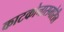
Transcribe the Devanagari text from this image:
काटकोनासमोरील